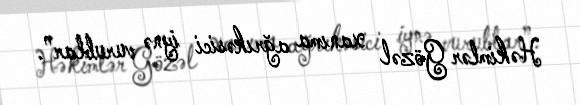
Həkimlər Gözəl xanıma ağrıkəsici iynə vurublar”.